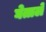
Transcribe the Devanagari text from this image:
घेताले